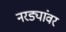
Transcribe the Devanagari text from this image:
नरड्यांवर